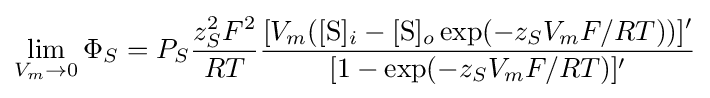
\lim _{V_{m}\rightarrow 0}\Phi _{S}=P_{S}{\frac {z_{S}^{2}F^{2}}{RT}}{\frac {[V_{m}([{\mbox{S}}]_{i}-[{\mbox{S}}]_{o}\exp(-z_{S}V_{m}F/RT))]'}{[1-\exp(-z_{S}V_{m}F/RT)]'}}